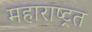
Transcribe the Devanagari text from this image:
महाराष्ट्रत